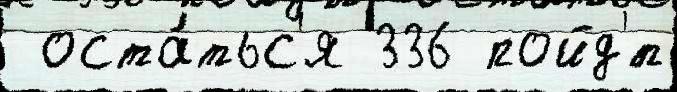
 оста́тьс'я 336 пойд'́т